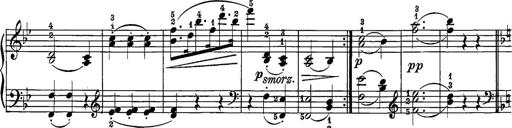
Title: 12 Sonatine per Pianoforte
Composer: Friedrich Kuhlau